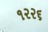
૧૨૨૬